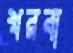
খরবা